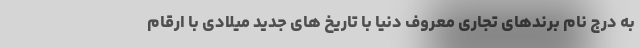
به درج نام برندهای تجاری معروف دنیا با تاریخ های جدید میلادی با ارقام